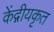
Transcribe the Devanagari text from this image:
केंद्गीयकृत